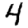
Digit: 4